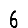
Digit: 6